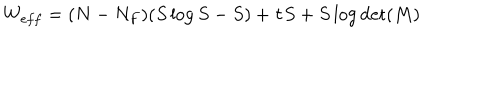
W _ { e f f } = ( N - N _ { F } ) ( S \log S - S ) + \tau S + S \log \det ( M )